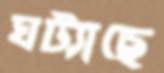
ঘট্যাছে